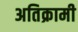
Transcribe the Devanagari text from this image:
अतिक्रामी